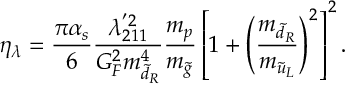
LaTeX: \eta _ { \lambda } = \frac { \pi \alpha _ { s } } { 6 } \frac { \lambda _ { 2 1 1 } ^ { ' 2 } } { G _ { F } ^ { 2 } m _ { \tilde { d } _ { R } } ^ { 4 } } \frac { m _ { p } } { m _ { \tilde { g } } } \left[ 1 + \left( \frac { m _ { \tilde { d } _ { R } } } { m _ { \tilde { u } _ { L } } } \right) ^ { 2 } \right] ^ { 2 } .